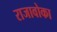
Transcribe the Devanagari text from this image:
राजावोका